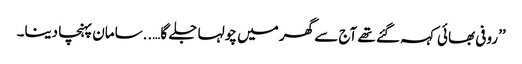
’’روفی بھائی کہہ گئے تھے آج سے گھر میں چولہا جلے گا…..سامان پہنچا دینا۔